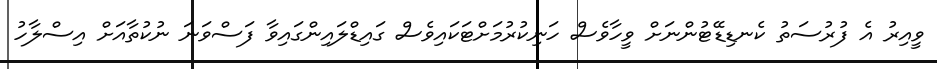
ވީއިރު އެ ފުރުސަތު ކެނޑިޑޭޓުންނަށް ވީހާވެސް ހަނިކުރުމަށްޓަކައިވެސް ގައިޑްލައިންގައިވާ ފަސްވަނަ ނުކުތާއަށް އިސްލާހު